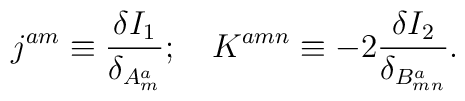
j^{am} \equiv \frac{\delta I_1}{\delta_{A_m^a}}; \quad K^{amn} \equiv -2\frac{\delta I_2}{\delta_{B_{mn}^a}}.